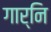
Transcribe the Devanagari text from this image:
गार्नि